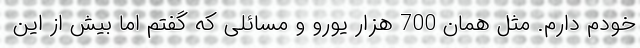
خودم دارم. مثل همان 700 هزار یورو و مسائلی که گفتم اما بیش از این